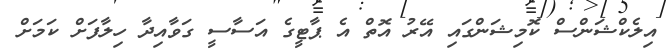
އިލެކްޝަންސް ކޮމިޝަންގައި އޭރު އޮތް އެ ޕާޓީގެ އަސާސީ ގަވާއިދާ ހިލާފަށް ކަމަށް